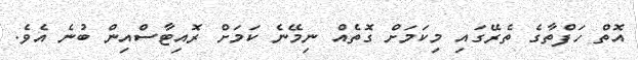
އޮތް ހަފްތާގެ ތެރޭގައި މިކަމަށް ގޮތެއް ނިމޭނެ ކަމަށް ރޮއިޓާސްއިން ބުނެ އެވެ.